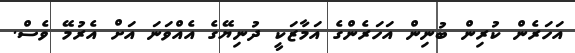
އަހަރެން ކުރިން ބުނިން އަހަރެންގެ އަމާޒަކީ ދުނިޔޭގެ އެއްވަނަ އަށް އެރުމޭ ވެސް.